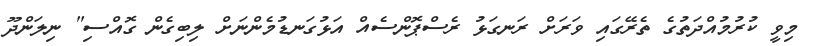
މިވީ ކުރުމުއްދަތުގެ ތެރޭގައި ވަރަށް ރަނގަޅު ރެސްޕޮންސެއް އަޅުގަނޑުމެންނަށް ލިބިގެން ގޮއްސި" ނިލަންދޫ